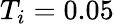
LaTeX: T_{i}=0.05